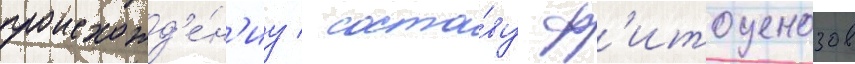
происхожд'е́н'иу / соста́ву ф'итоценозов